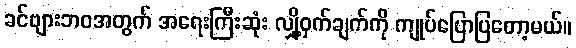
ခင်ဗျားဘဝအတွက် အရေးကြီးဆုံး လျှို့ဝှက်ချက်ကို ကျုပ်ပြောပြတော့မယ်။